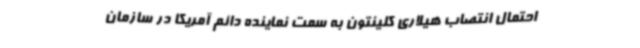
احتمال انتصاب هیلاری کلینتون به سمت نماینده دائم آمریکا در سازمان